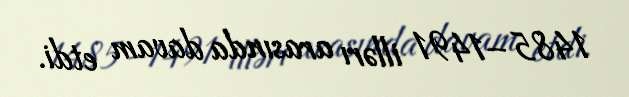
1485–1491 illərı arasında davam etdi.